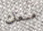
منعك